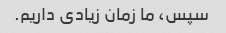
سپس، ما زمان زیادی داریم.